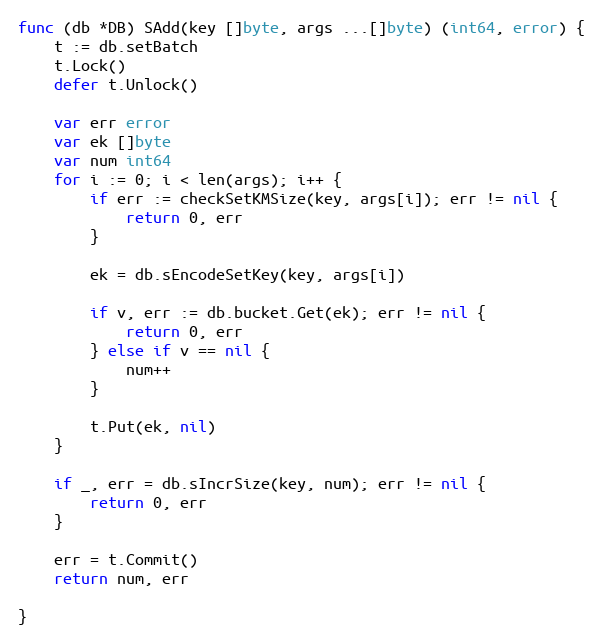
Language: Go
func (db *DB) SAdd(key []byte, args ...[]byte) (int64, error) {
	t := db.setBatch
	t.Lock()
	defer t.Unlock()

	var err error
	var ek []byte
	var num int64
	for i := 0; i < len(args); i++ {
		if err := checkSetKMSize(key, args[i]); err != nil {
			return 0, err
		}

		ek = db.sEncodeSetKey(key, args[i])

		if v, err := db.bucket.Get(ek); err != nil {
			return 0, err
		} else if v == nil {
			num++
		}

		t.Put(ek, nil)
	}

	if _, err = db.sIncrSize(key, num); err != nil {
		return 0, err
	}

	err = t.Commit()
	return num, err

}